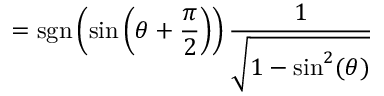
= \operatorname { s g n } \left( \sin \left( \theta + { \frac { \pi } { 2 } } \right) \right) { \frac { 1 } { \sqrt { 1 - \sin ^ { 2 } ( \theta ) } } }